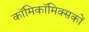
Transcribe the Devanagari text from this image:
काॅमिकॉमिक्सकों